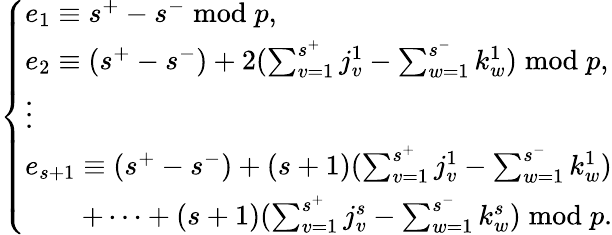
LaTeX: \left\{ \begin{array}{ll}{e_{1}\equiv s^{+}-s^{-}\bmod p,}\\ {e_{2}\equiv(s^{+}-s^{-})+2(\sum_{v=1}^{s^{+}}j_{v}^{1}-\sum_{w=1}^{s^{-}}k_{w}^{1})\bmod p,}\\ {\vdots}\\ {e_{s+1}\equiv(s^{+}-s^{-})+(s+1)(\sum_{v=1}^{s^{+}}j_{v}^{1}-\sum_{w=1}^{s^{-}}k_{w}^{1})}\\ {\qquad+\dotsm+(s+1)(\sum_{v=1}^{s^{+}}j_{v}^{s}-\sum_{w=1}^{s^{-}}k_{w}^{s})\bmod p.}\end{array}\right.